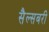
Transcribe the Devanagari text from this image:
सैल्सबरी